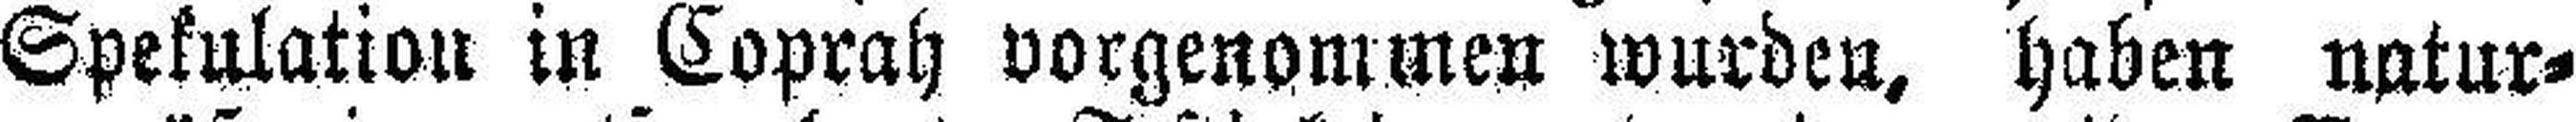
Spekulation in Coprah vorgenommen wurden, haben natur¬